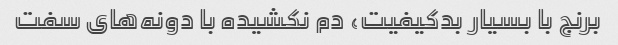
برنج با بسیار بدکیفیت، دم نکشیده با دونه‌های سفت